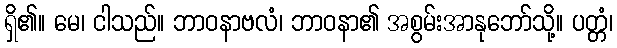
ရှိ၏။ မေ၊ ငါသည်။ ဘာဝနာဗလံ၊ ဘာဝနာ၏ အစွမ်းအာနုဘော်သို့။ ပတ္တံ၊